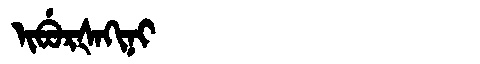
Manchu: ᡳᠪᡠᡵᡧᠠᡴᡳᠨᡳ
Romanization: IBURŠAKINI